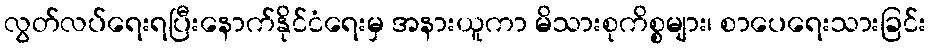
လွတ်လပ်ရေးရပြီးနောက်နိုင်ငံရေးမှ အနားယူကာ မိသားစုကိစ္စများ၊ စာပေရေးသားခြင်း